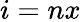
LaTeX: i=nx